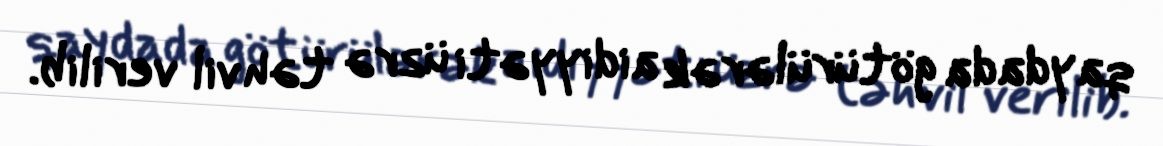
qaydada götürülərək aidiyyəti üzrə təhvil verilib.